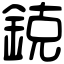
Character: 鋴